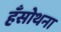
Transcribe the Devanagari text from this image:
हँसोथना